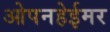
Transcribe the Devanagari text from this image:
ओपनहेईमर